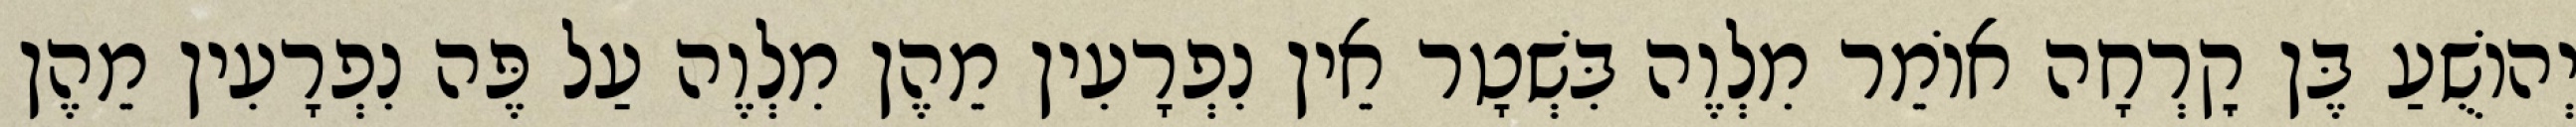
יְהוֹשֻׁעַ בֶּן קׇרְחָה אוֹמֵר מִלְוֶה בִּשְׁטָר אֵין נִפְרָעִין מֵהֶן מִלְוֶה עַל פֶּה נִפְרָעִין מֵהֶן